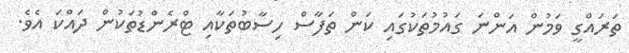
ތަރައްގީ ވަމުން އަންނަ ގައުމުތަކުގައި ކަން ތަފާސް ހިސާބުތަކާއި ޓްރެންޑުތަކުން ދައްކަ އެވެ.